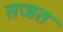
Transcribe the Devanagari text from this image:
तजत